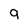
Character: 9